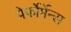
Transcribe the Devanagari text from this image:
पेर्फोर्मेन्स